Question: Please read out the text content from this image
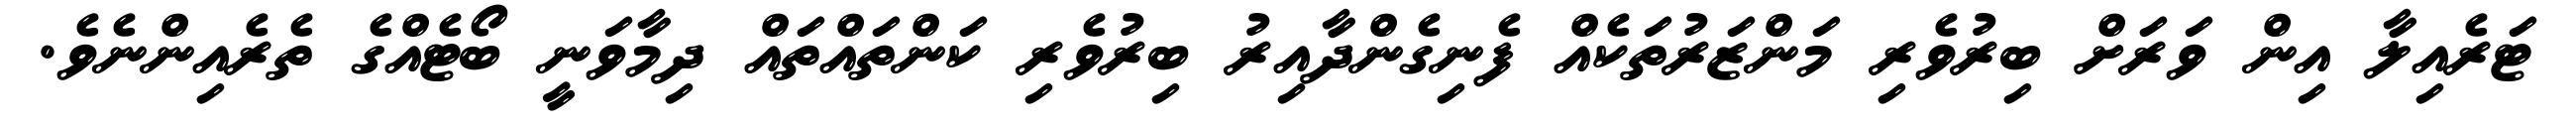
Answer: ޓަރެއިލާ އިން ވަރަށް ބިރުވެރި މަންޒަރުތަކެއް ފެނިގެންދާއިރު ބިރުވެރި ކަންތައްތައް ދިމާވަނީ ބޯޓެއްގެ ތެރެއިންނެވެ.